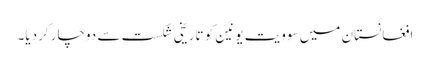
افغانستان میں سوویت یونین کو تاریخی شکست سے دوچار کردیا۔